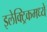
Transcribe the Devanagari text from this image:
इलेक्ट्रिकमध्ये